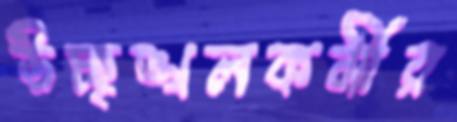
উচ্ছৃঙ্খলকর্মীর